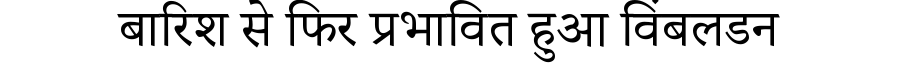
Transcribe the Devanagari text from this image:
बारिश से फिर प्रभावित हुआ विंबलडन